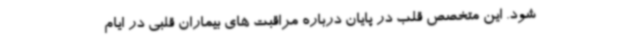
شود. این متخصص قلب در پایان درباره مراقبت های بیماران قلبی در ایام